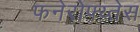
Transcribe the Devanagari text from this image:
फनेरोफ्य्तेस